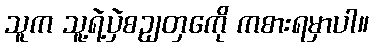
သူက သူ့ရဲ့ပှဲစဥျတှကေို ကစားရမှာပါ။